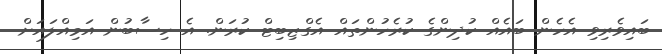
ބައިވެރިވި އެހެން ބައެއް ކުދިންގެ ކުރެހުންތައް އެގްޒިބިޓް ކުރަން. އެ ހިސާބުން އަމިއްލައަށް